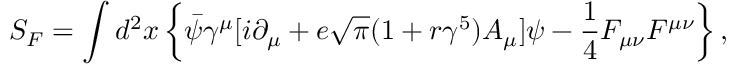
S _ { F } = \int d ^ { 2 } x \left\{ \bar { \psi } { \gamma } ^ { \mu } [ i { \partial } _ { \mu } + e \sqrt { \pi } ( 1 + r { \gamma } ^ { 5 } ) A _ { \mu } ] { \psi } - { \frac 1 4 } F _ { { \mu } { \nu } } F ^ { { \mu } { \nu } } \right\} ,